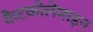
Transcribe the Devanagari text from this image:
कैटकोलेमाइन